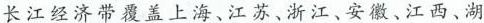
长江经济带覆盖上海、江苏、浙江、安徽、江西、湖